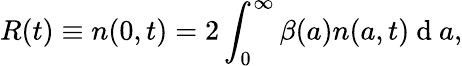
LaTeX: R(t)\equiv n(0,t)=2\int_{0}^{\infty}{\beta(a)}n(a,t)\mathrm{~d~}a,